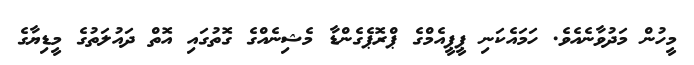
މީހުން މަދުވާނެއެވެ. ހަމައެކަނި ޕީޕީއެމްގެ ޕްރޮޕެގެންޑާ މެޝިނެއްގެ ގޮތުގައި އޮތް ދައުލަތުގެ މީޑިޔާގެ